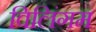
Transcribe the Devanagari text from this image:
विलिंगम